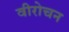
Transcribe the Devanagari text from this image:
वीरोचन